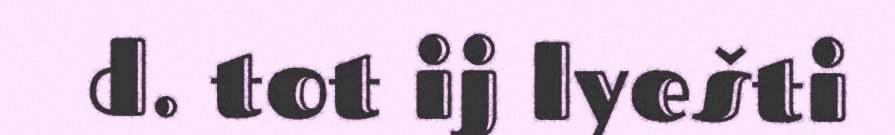
d. tot ij lyešti